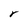
Character: r